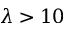
\lambda > 1 0